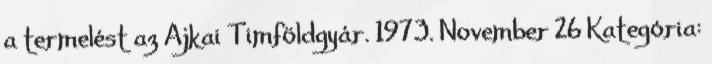
a termelést az Ajkai Timföldgyár. 1973. November 26 Kategória: